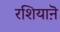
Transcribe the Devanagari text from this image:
रशियाऩॆ